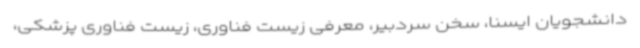
دانشجویان ایسنا، سخن سردبیر، معرفی زیست فناوری، زیست فناوری پزشکی،